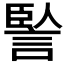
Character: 𧨭